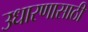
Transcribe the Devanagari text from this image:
उधारणासाठी